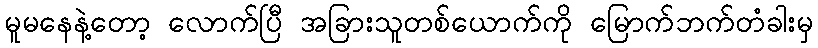
မူမနေနဲ့တော့ လောက်ပြီ အခြားသူတစ်ယောက်ကို မြောက်ဘက်တံခါးမှ